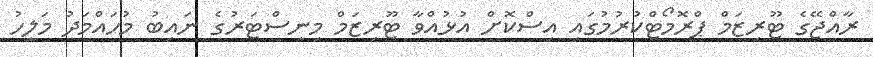
ރާއްޖޭގެ ޓޫރިޒަމް ޕްރޮމޯޓްކުރުމުގައި އިސްކޮށް އުޅުއްވާ ޓޫރިޒަމް މިނިސްޓަރުގެ ނައިބު މުހައްމަދު މަލީހު